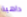
داهية